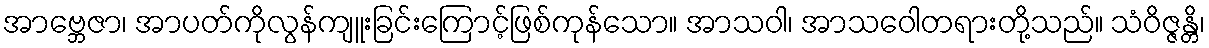
အာဗ္ဘေဇာ၊ အာပတ်ကိုလွန်ကျူးခြင်းကြောင့်ဖြစ်ကုန်သော။ အာသဝါ၊ အာသဝေါတရားတို့သည်။ သံဝိဇ္ဇန္တိ၊